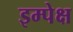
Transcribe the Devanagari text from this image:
इम्पेक्ष